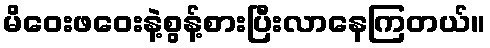
မိဝေးဖဝေးနဲ့စွန့်စားပြီးလာနေကြတယ်။